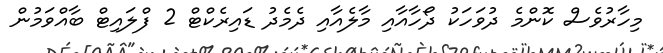
މިހާރުވެސް ކޮންމެ ދުވަހަކު ދޯހާއާއި މާލެއާއި ދެމެދު ޑައިރެކްޓް 2 ފްލައިޓް ބާއްވަމުން